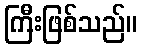
ကြီးဖြစ်သည်။